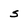
Character: s